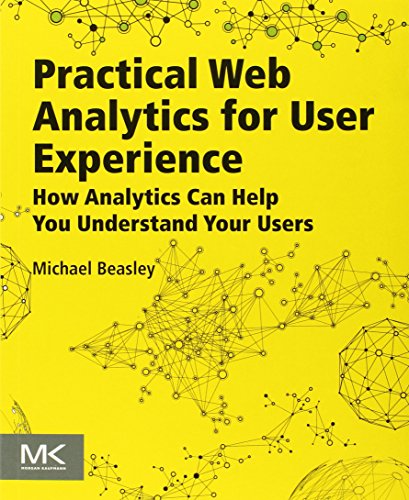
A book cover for Practical Web Analytics for User Experience: How Analytics Can Help You Understand Your Users; Michael Beasley; Computers & Technology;